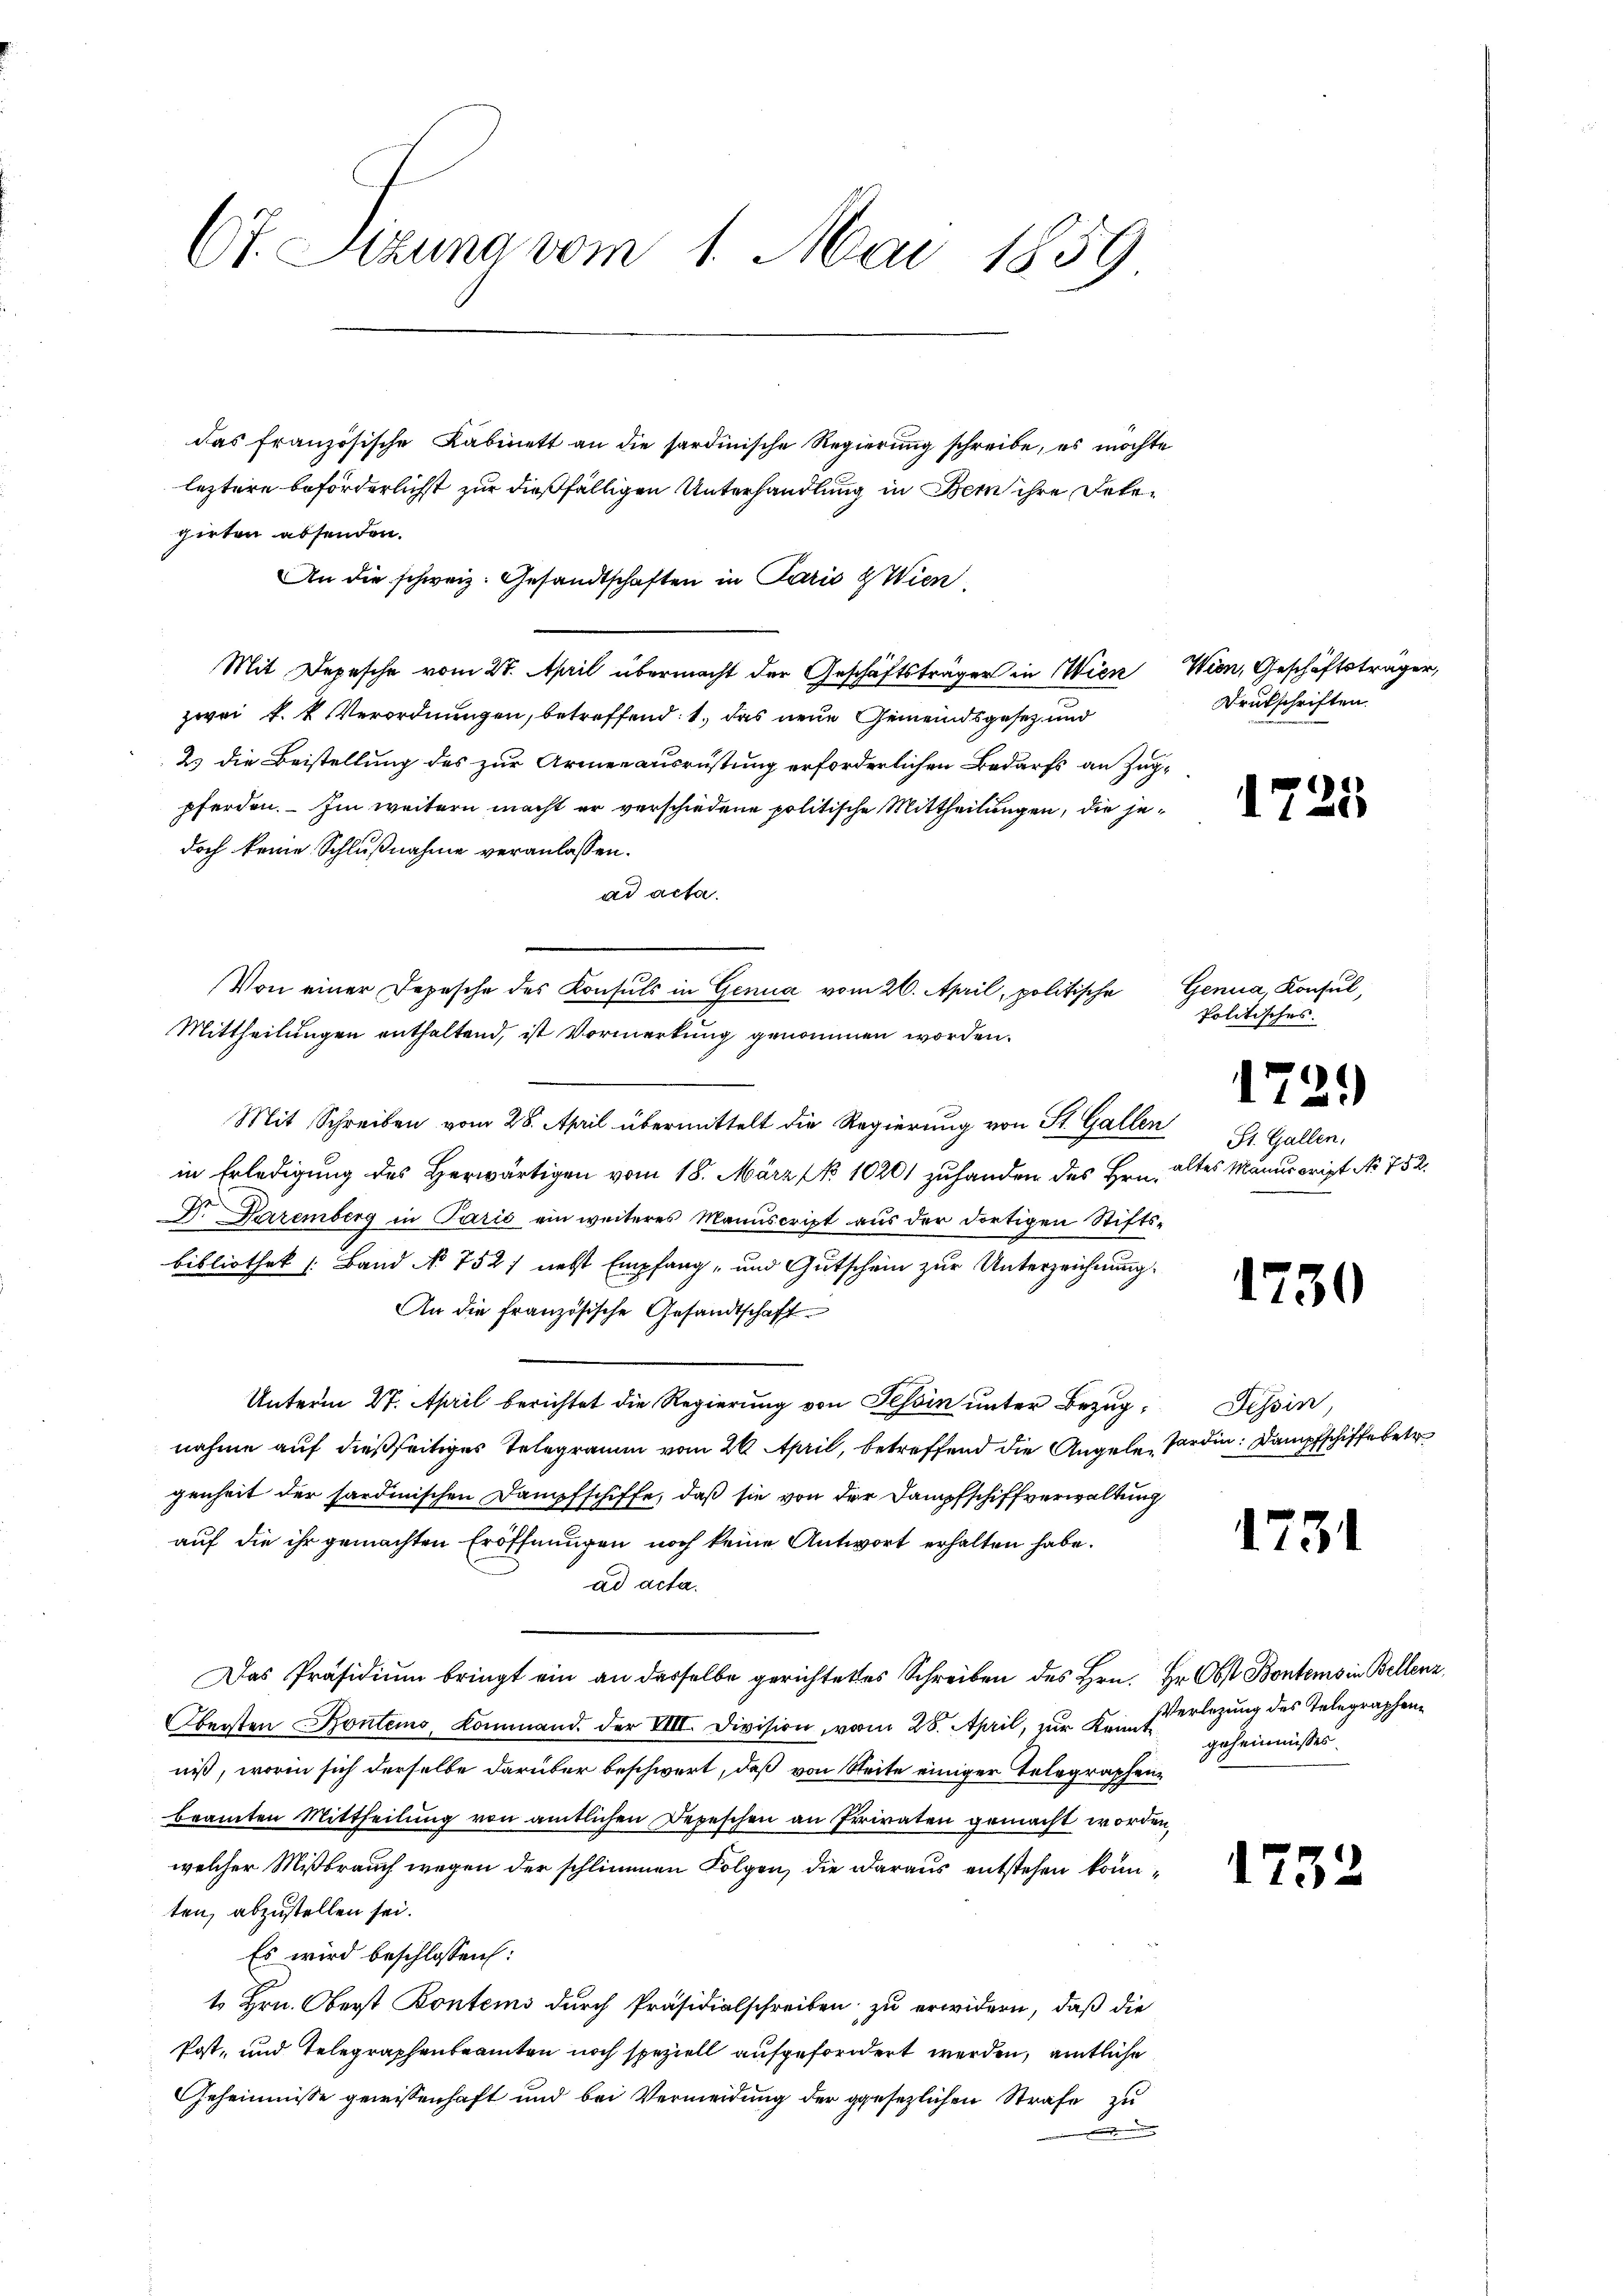
Ct. Sizung vom 1. Mai 1859

das französische Kabinett an die sardinische Regierŭng schreibe, es möchte
leztere beförderlichst zur dießfälligen Unterhandlung in Bern ihre Detegirten absenden.
An die schweiz. Gesandtschaften in Paris Wien
Mit Depesche vom 28. April übermacht der Geschäftsträger in Wien Wien, Geschäftsträger,
zwei k. k. Verordnungen, betreffend: 1., das neue Gemeindsgesetz und
2. die Beistellung des zur Armenausrüstung erforderlichen Bedarfs an Zug-
pferden. Im weitern macht er verschiedene politische Mittheilungen, die jedoch keine Schlußnahme veranlassen.
ad acta.
Mittheilungen enthaltend, ist Vormerkung genommen worden.
Mit Schreiben vom 28. April übermittelt die Regierung von St. Gallen St. Gallen.
in Erledigung des Herwärtigen vom 18. März No 10201 zuhanden des Hrn. altes Manuscript No. 752.
D. Dezemberg in Paris ein weiteres Manuscript aus der dortigen Stifts-
bibliothek (Band No. 752, nebst Empfang, und Gutschein zur Unterzeichnung.
An die französische Gesandtschaft
Unterm 27. April berichtet die Regierung von Tessin unter Bezugnahme auf dießseitiges Telegramm vom 26. April, betreffend die Angele, Forden. Dampfschiffe betr
genheit der sardinischen Dampfschiffe, daß sie von der Dampfschiffverwaltung
auf die ihr gemachten Eröffnungen noch keine Antwort erhalten habe.
ad acta.
Das Präsidium bringt ein an desselbe gerichtetes Schreiben des Hrn. Er Obst Bontems in Bellenz,
Obersten Bontems, Kommand. der VIII. Division, vom 28. April, zur Keiserlegung des Telegraphenniß, worin sich derselbe darüber beschwert, daß von Seite einiger Telegraphenbeamten Mittheilung von amtlichen Depeschen an Privaten gemacht worden,
welcher Mißbrauch wegen der schlimmen Folgen, die daraus entstehen könnten, abzustellen sei.
Es wird beschlossen:
1 Hrn. Oberst Kontems durch Präsidialschreiben zu erwidern, daß die
Post- und Telegraphenbeamten noch speziell aufgefordert werden, amtliche
Geheimisse gewissenhaft und bei Vermeidung der gesezlichen Strafe zu

Von einer Depesche des Konsuls in Genua vom 26. April, politische

Drukschriften.

1725,

Genua, Konsul,
politisches.
1721)

1730

Tessin

1731

geheimnisses.

1732